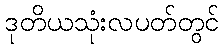
ဒုတိယသုံးလပတ်တွင်